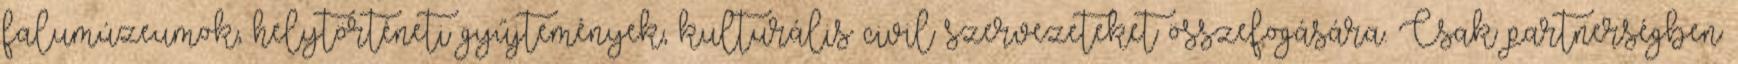
falumúzeumok, helytörténeti gyűjtemények, kulturális civil szervezeteket összefogására. Csak partnerségben